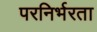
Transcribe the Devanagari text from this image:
परनिर्भरता